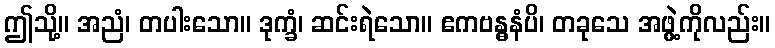
ဤသို့။ အညံ၊ တပါးသော။ ဒုက္ခံ၊ ဆင်းရဲသော။ ဧကဗန္ဓနံပိ၊ တခုသေ အဖွဲ့ကိုလည်း။